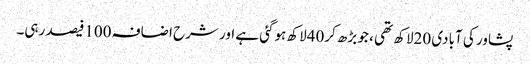
پشاور کی آبادی 20لاکھ تھی ، جو بڑھ کر40لاکھ ہوگئی ہے اور شرح اضافہ 100فیصد رہی۔